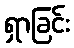
ရှာခြင်း